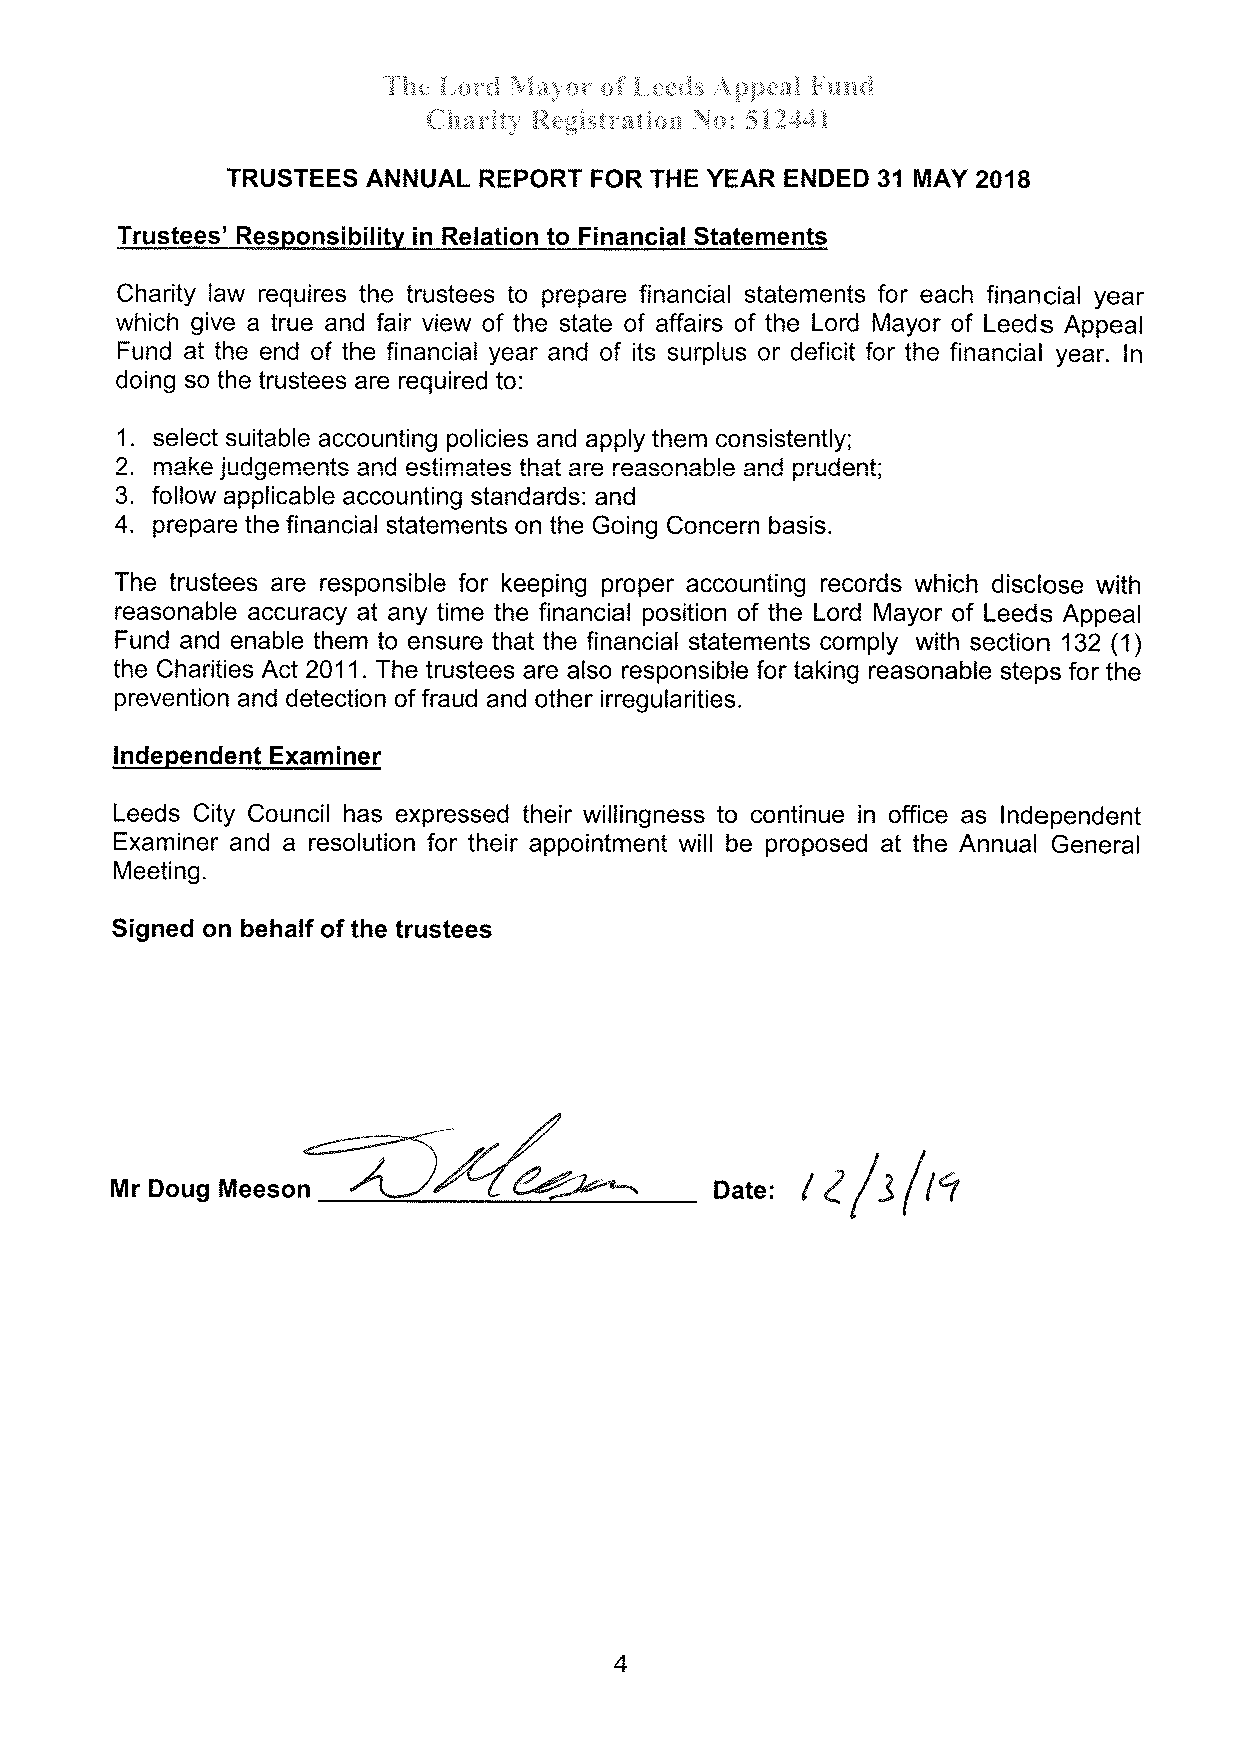
å'ih*' ã,{;r'qi 1-ìa'\'r¡:- *È å.*:+:,iJ:¡ ,,{g:¡,:,**T å;¡;n13
 {.lh*rit,q, $t"a:gisfr*tiür} N{}i 5Ì }-d,4?
 TRUSTEES ANNUAL  REPORT FOR THE YEAR ENDED 31 MAY 2018
 Trustees'Resoonsibilitv in Relation to Financial Statements
 Charity law requires the trustees to prepare financial statements for each financial year
 which give a true and fair view of the state of affairs of the Lord Mayor of Leeds Appeal
 Fund at the end of the financial year and of its surplus or deficit for the financial year. ln
 doing so the trustees are required to:
 1. select suitable accounting policies and apply them consistently;
 2 rnaka it rdnamonte and ocfirnafoc th.nl era raacnnahlo anr{ nrr rrlonf '
 3. follow applicable accounting standards: and ¡v l/r vvv, ,!t
 4. prepare the financial statements on the Going Concern basis.
 The trustees are responsible for keeping proper accounting records which disclose with
 reasonable accuracy at any time the financial position of the Lord Mayor of Leeds Appeal
 Fund and enable them to ensurethatthefinancial statements comply with section 132 (1)
 the Charities Act 2011. The trustees are also responsible for taking reasonable steps for the
 prevention and detection of fraud and other irregularities.
 lndependent Examiner
 Leeds City Council has expressed their willingness to continue in office as lndependent
 Examiner and a resolution for their appointment will be proposed at the Annual General
 Meeting.
 Signed on behalf of the trustees
 rafs{,r
 Mr Doug Meeson                          Date
 4